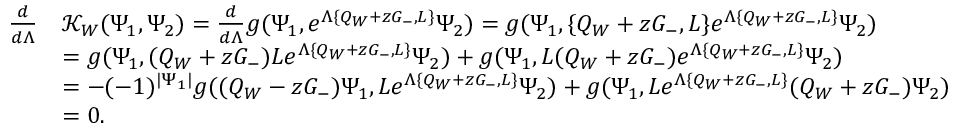
\begin{array} { r l } { \frac { d } { d \Lambda } } & { \mathcal { K } _ { W } ( \Psi _ { 1 } , \Psi _ { 2 } ) = \frac { d } { d \Lambda } g ( \Psi _ { 1 } , e ^ { \Lambda \{ Q _ { W } + z G _ { - } , L \} } \Psi _ { 2 } ) = g ( \Psi _ { 1 } , \{ Q _ { W } + z G _ { - } , L \} e ^ { \Lambda \{ Q _ { W } + z G _ { - } , L \} } \Psi _ { 2 } ) } \\ & { = g ( \Psi _ { 1 } , ( Q _ { W } + z G _ { - } ) L e ^ { \Lambda \{ Q _ { W } + z G _ { - } , L \} } \Psi _ { 2 } ) + g ( \Psi _ { 1 } , L ( Q _ { W } + z G _ { - } ) e ^ { \Lambda \{ Q _ { W } + z G _ { - } , L \} } \Psi _ { 2 } ) } \\ & { = - ( - 1 ) ^ { | \Psi _ { 1 } | } g ( ( Q _ { W } - z G _ { - } ) \Psi _ { 1 } , L e ^ { \Lambda \{ Q _ { W } + z G _ { - } , L \} } \Psi _ { 2 } ) + g ( \Psi _ { 1 } , L e ^ { \Lambda \{ Q _ { W } + z G _ { - } , L \} } ( Q _ { W } + z G _ { - } ) \Psi _ { 2 } ) } \\ & { = 0 . } \end{array}